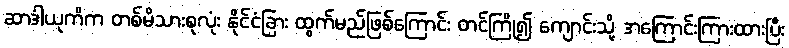
ဆာဒါယုကိက တစ်မိသားစုလုံး နိုင်ငံခြား ထွက်မည်ဖြစ်ကြောင်း တင်ကြို၍ ကျောင်းသို့ အကြောင်းကြားထားပြီး